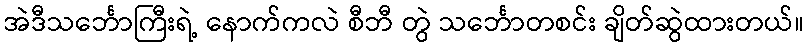
အဲဒီသင်္ဘောကြီးရဲ့ နောက်ကလဲ စီဘီ တွဲ သင်္ဘောတစင်း ချိတ်ဆွဲထားတယ်။